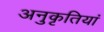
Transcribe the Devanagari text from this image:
अनुकृतियां